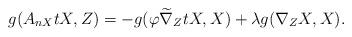
LaTeX: \begin{align*}g(A_{nX}tX,Z)=-g(\varphi \widetilde\nabla_{Z}tX, X)+\lambda g(\nabla_{Z}X, X).\end{align*}